NAE_ERA_R-1992_EV_Ehitusministeerium, lk 12
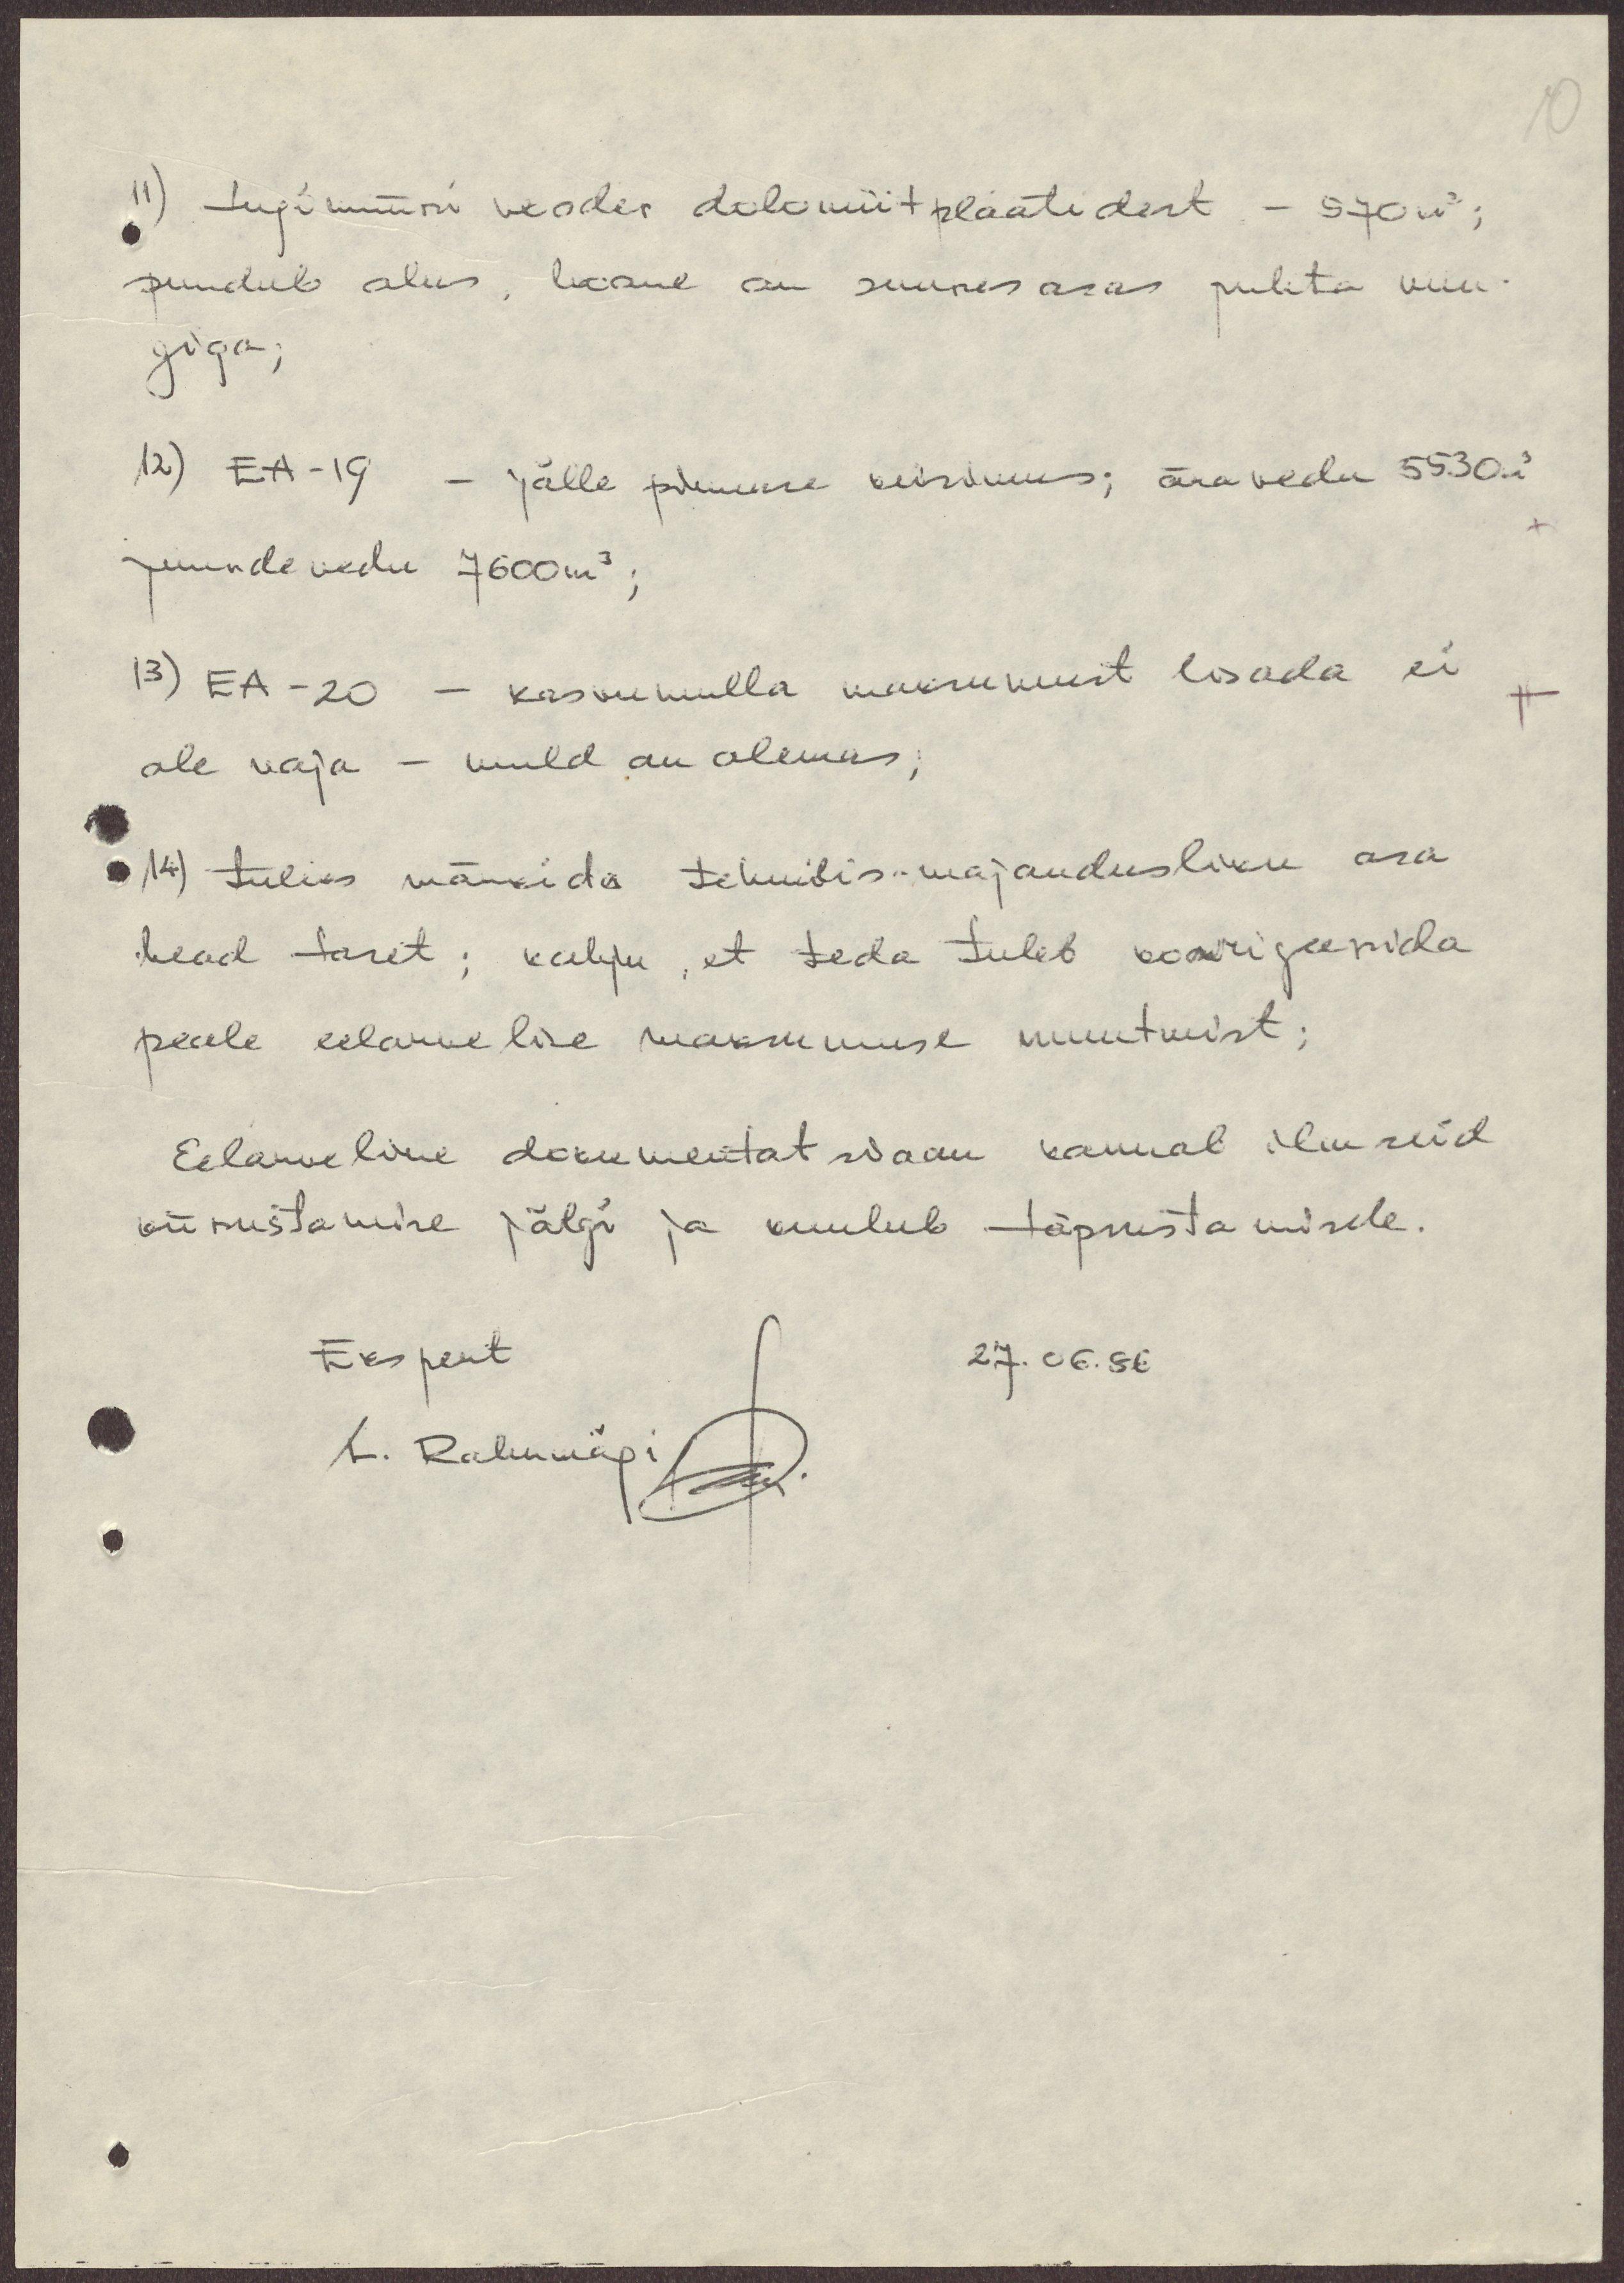
10

11) tugimüüri vooder dolomiit plaatidest - 570m2;
puudub alus, hoone on suures osas puhta vuu-
giga;
12) EA-19 - jälle põmure küsimus; ära vedu 5530m3
juurde vedu 7600m3;
13) EA - 20 - kasvumulla maksumust lisada ei
ole vaja - muld on olemas;
14) tuleks märkida tehnilis-majandusliku ära
head taset; kahju, et teda tuleb korrigeerida
peale eelarvelise maksumuse muutmist;
Eelarveline dokumentatsioon kannab ilmseid
kiirustamise jälgi ja kuulub täpustamisele.
Ekspert
27.06.86
L. Rahumägi